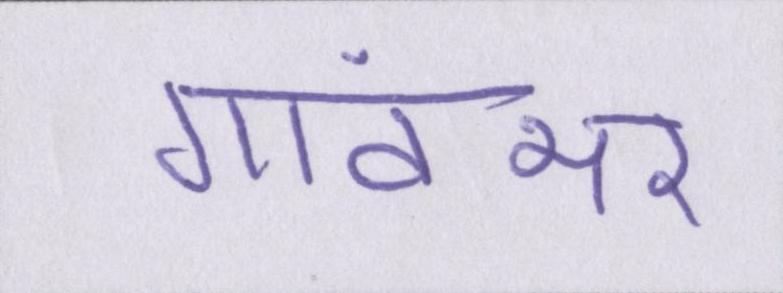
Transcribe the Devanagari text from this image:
गांवभर